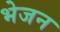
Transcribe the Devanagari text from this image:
भेजन